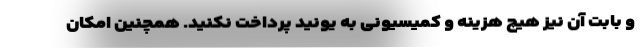
و بابت آن نیز هیچ هزینه و کمیسیونی به یونید پرداخت نکنید. همچنین امکان